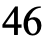
46